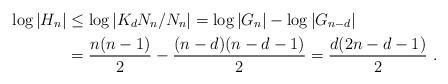
LaTeX: \begin{align*}\log|H_n|&\leq\log|K_dN_n/N_n|=\log|G_n|-\log|G_{n-d}|\\&=\frac{n(n-1)}2-\frac{(n-d)(n-d-1)}2=\frac{d(2n-d-1)}2~.\end{align*}